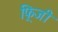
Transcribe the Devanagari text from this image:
फ़्रिजी